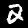
Label: 2